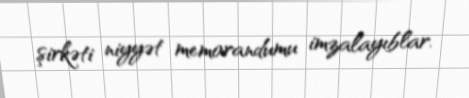
şirkəti niyyət memorandumu imzalayıblar.